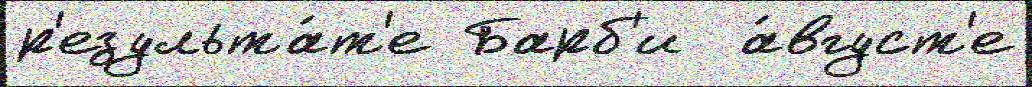
р'езульта́т'е Барб'и  а́вгуст'е